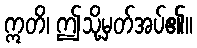
ဣတိ၊ ဤသို့မှတ်အပ်၏။